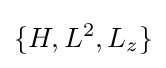
\{H,L^{2},L_{z}\}